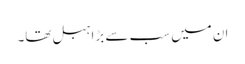
ان میں سب سے بڑا ہبل تھا۔